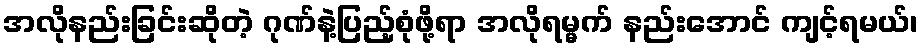
အလိုနည်းခြင်းဆိုတဲ့ ဂုဏ်နဲ့ပြည့်စုံဖို့ရာ အလိုရမ္မက် နည်းအောင် ကျင့်ရမယ်၊